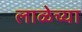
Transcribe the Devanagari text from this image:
लाळेच्या